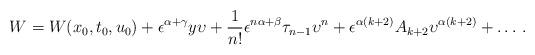
LaTeX: \begin{align*} W={W}(x_0,{t}_0,u_0)+ \epsilon^{\alpha+\gamma} {{y}} {\upsilon} +\frac{1}{n!} \epsilon^{n\alpha+\beta} {\tau}_{n-1} {\upsilon}^n + \epsilon^{\alpha(k+2)} A_{k+2} {\upsilon}^{\alpha(k+2)} +\dots \, .\end{align*}